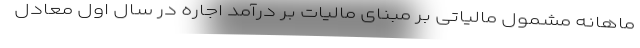
ماهانه مشمول مالیاتی بر مبنای مالیات بر درآمد اجاره در سال اول معادل